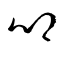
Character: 鄕